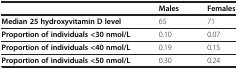
|  | Males | Females |
 | --- | --- | --- |
 | Median 25 hydroxyvitamin D level | 65 | 71 |
 | Proportion of individuals <30 nmol/L | 0.10 | 0.07 |
 | Proportion of individuals <40 nmol/L | 0.19 | 0.15 |
 | Proportion of individuals <50 nmol/L | 0.30 | 0.24 |